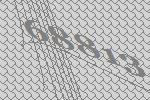
68813